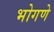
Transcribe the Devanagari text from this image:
भोगणे